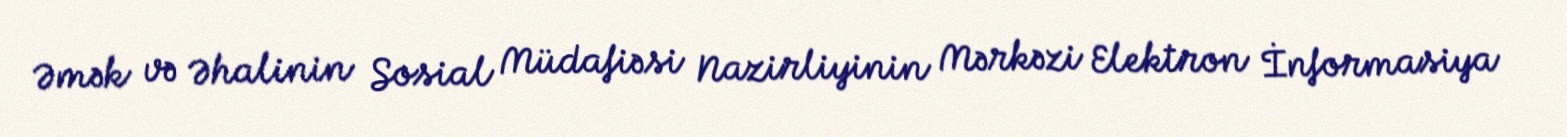
Əmək və Əhalinin Sosial Müdafiəsi Nazirliyinin Mərkəzi Elektron İnformasiya